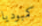
كمبوديا